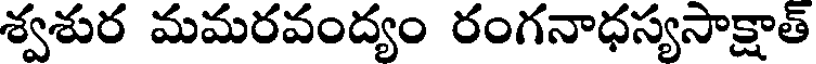
శ్వశుర మమరవంద్యం రంగనాధస్యసాక్షాత్